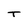
Character: T